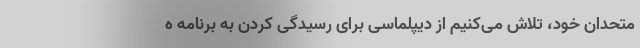
متحدان خود، تلاش می‌کنیم از دیپلماسی برای رسیدگی کردن به برنامه ه